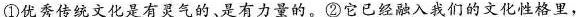
①优秀传统文化是有灵气的、是有力量的。②它已经融入我们的文化性格里，